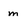
Character: m